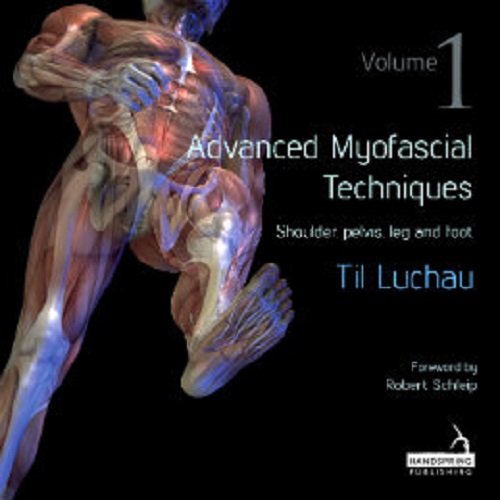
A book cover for Advanced Myofascial Techniques, Vol. 1: Shoulder, Pelvis, Leg and Foot; Til Luchau; Health, Fitness & Dieting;